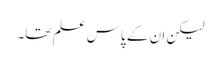
لیکن ان کے پاس علم تھا۔